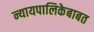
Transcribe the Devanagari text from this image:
न्यायपालिकेबाबत